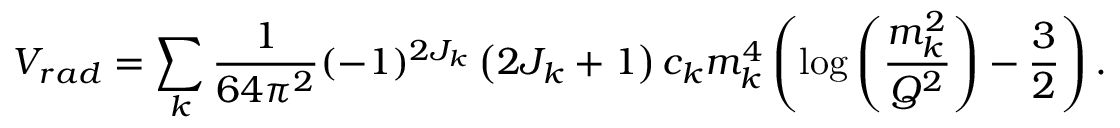
{ \cal V } _ { r a d } = \sum _ { k } \frac { 1 } { 6 4 \pi ^ { 2 } } ( - 1 ) ^ { 2 J _ { k } } \left( 2 J _ { k } + 1 \right) c _ { k } m _ { k } ^ { 4 } \left( \log \left( \frac { m _ { k } ^ { 2 } } { Q ^ { 2 } } \right) - \frac { 3 } { 2 } \right) .